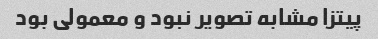
پیتزا مشابه تصویر نبود و معمولی بود